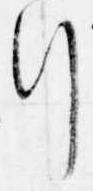
行